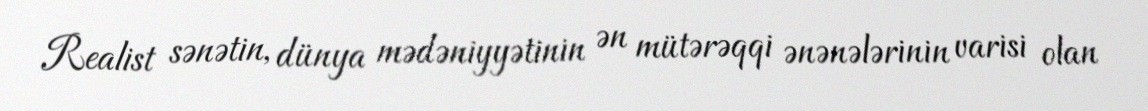
Realist sənətin, dünya mədəniyyətinin ən mütərəqqi ənənələrinin varisi olan